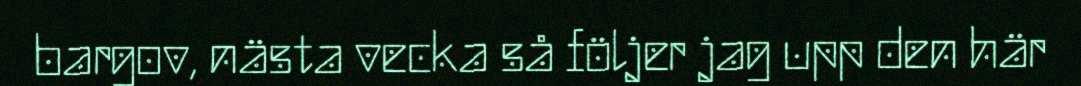
bargov, nästa vecka så följer jag upp den här